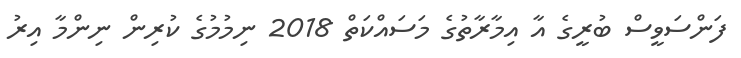
ފަންސަވީސް ބުރީގެ އާ އިމާރާތުގެ މަސައްކަތް 2018 ނިމުމުގެ ކުރިން ނިންމާ އިރު